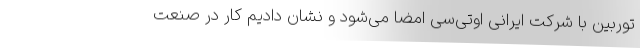
توربین با شرکت ایرانی او‌تی‌سی امضا می‌شود و نشان دادیم کار در صنعت